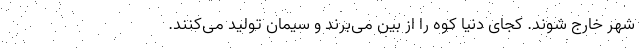
شهر خارج شوند. کجای دنیا کوه را از بین می‌برند و سیمان تولید می‌کنند.